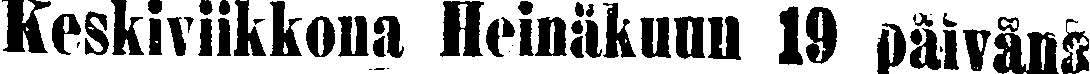
Keskiviikkona Heinäkuun 19 päivänä